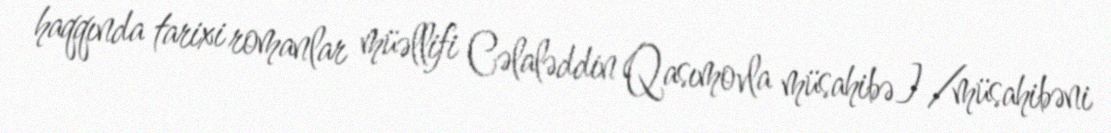
haqqında tarixi romanlar müəllifi Cəlaləddin Qasımovla müsahibə] /müsahibəni